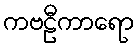
ကဗဠီကာရော